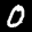
Label: 0